Report of the Indian Hemp Drugs Commission, 1894-1895 - Volume VII
Year: 1894
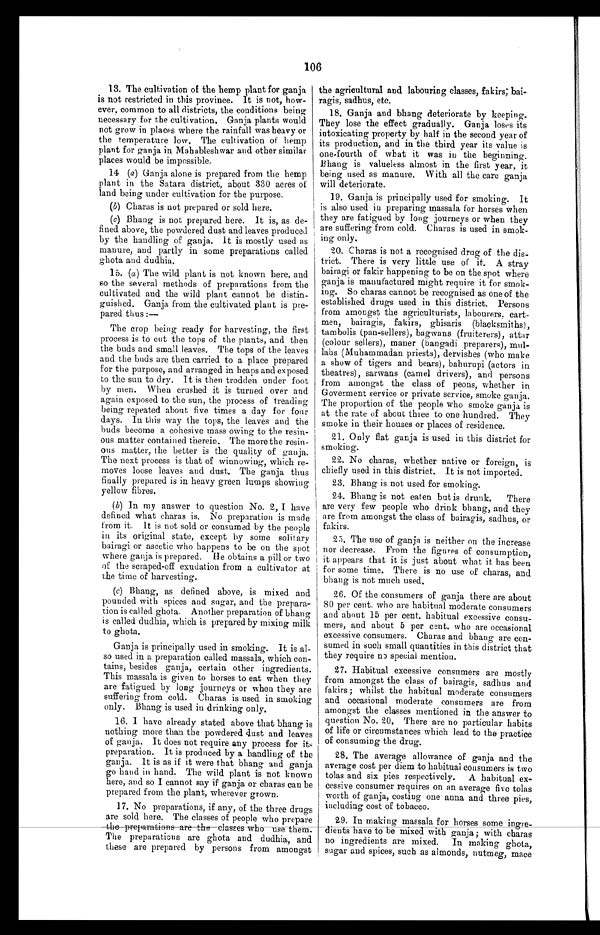
106
13. The cultivation of the hemp plant for ganja
is not restricted in this province. It is not, how-
ever. common to all districts, the conditions being
necessary for the cultivation. Ganja plants would
not grow in places where the rainfall was heavy or
the temperature low. The cultivation of hemp
plant for ganja in Mahableshwar and other similar
places would be impossible.
14 (a ) Ganja alone is prepared from the hemp
plant in the Satara district, about 330 acres of
land being under cultivation for the purpose.
(b) Charas is not prepared or sold here.
(c)Bhang is not prepared here. It is, as de
-
fined above, the powdered dust and leaves produced
by the handling of ganja. it is mostly used as
manure, and partly in some preparations called
ghota and dudhia.
15. (a ) The wild plant is not known here, and
so the several methods of preparations from the
cultivated and the wild plant cannot be distin
-
guished. Ganja from the cultivated plant is pre
-
pared thus:
—
The crop being ready for harvesting, the first
process is to cut the tops of the plants, and then
the buds and small leaves. The tops of the leaves
and the buds are then carried to a place prepared
for the purpose, and arranged in heaps and exposed
to the sun to dry. It is then trodden under foot
by men. When crushed it is turned over and
again exposed to the sun, the process of treading
being repeated about five times a day for four
days. In this way the tops, the leaves and the
buds become a cohesive mass owing to the resin
-
ous matter contained therein. The more the resin
-
ous matter, the better is the quality of ganja,.
The next process is that of winnowing, which re
-
moves loose leaves and dust. The ganja thus
finally prepared is in heavy green lumps showing
yellow fibres.
(b) In my answer to question No. 2, I have
defined what charas is. No preparation is made
from it. It is not sold or consumed by the people
in its original state, except by some solitary
bairagi or ascetic who happens to be on the spot
where ganja is prepared. He obtains a pill or two
of the scraped-off exudation from a cultivator at
the time of harvesting.
(c) Bhang, as defined above, is mixed and
pounded with spices and sugar, and the prepara
-
tion is called ghota. Another preparation of bhang
is called dudhia, which is prepared by mixing milk
to ghota.
Ganja is principally used in smoking. It is al
-
so used in a preparation called massala, which con
-
tains, besides ganja, certain other ingredients.
This massala is given to horses to eat when they
are fatigued by long journeys or when they are
suffering from cold. Charas is used in smoking
only. Bhang is used in drinking only,
1 6 . I h a v e a l r e a d y s t a t e d a b o v e t h a t b h a n g i s
nothing more than the powdered dust and leaves
of ganja. It does not require any process for its
preparation. It is produced by a handling of the
ganja. It is as if it were that bhang and ganja
go hand in hand. The wild plant is not known
here, and so I cannot say if ganja or charas can be
prepared from the plant, wherever grown.
1 7 . N o p r e p a r a t i o n s , i f a n y , o f t h e t h r e e d r u g s
are sold here. The classes of people who prepare
the preparations are the classes who use them.
The preparations are ghota and dudhia, and
these are prepared by persons from amongst
the agricultural and labouring classes, fakirs; bai
-
ragis, sadhus, etc.
18. Ganja and bhang deteriorate by keeping.
They lose the effect gradually. Ganja loses its
intoxicating property by half in the second year of
its production, and in the third year its value is
one-fourth of what it was in the beginning.
Bhang is valueless almost in the first year, it
being used as manure. With all the care ganja
will deteriorate.
19. Ganja is principally used for smoking. It
is also used in preparing massala for horses when
they are fatigued by long journeys or when they
are suffering from cold. Charas is used in smok-
ing only.
20. Charas is not a recognised drug of the dis
-
trict. There is very little use of it. A stray
bairagi or fakir happening to be on the spot where
ganja is manufactured might require it for smok
-
ing. So charas cannot be recognised as one of the
established drugs used in this district. Persons
from amongst the agriculturists, labourers. cart-
men, bairagis, fakirs, ghisaris (blacksmiths),
tambolis (pan-sellers), bagwans (fruiterers), attar
(colour sellers), maner (bangadi preparers), mul
-
lahs (Muhammadan priests), dervishes (who make
a show of tigers and bears), bahurupi (actors in
theatres), sarwans (camel drivers), and persons
from amongst the class of peons, whether in
Goverment service or private service, smoke ganja.
The proportion of the people who smoke ganja is
at the rate of about three to one hundred. They
smoke in their houses or places of residence.
21. Only flat ganja is used in this district for
, smoking.
22. No charas, whether native or foreign, is
chiefly used in this district. It is not imported.
23. Bhang is not used for smoking.
24. Bhang is not eaten but is drunk. There
are very few people who drink bhang, and they
are from amongst the class of bairagis, sadhus, or
fakirs.
25. The use of ganja is neither on the increase
nor decrease. From the figures of consumption,
it appears that it is just about what it has been
for some time. There is no use of charas, and
bhang is not much used.
26. Of the consumers of ganja there are about
80 per cent. who are habitual moderate consumers
and about 15 per cent, habitual excessive consu
-
mers, and about 5 per cent. who are occasional
excessive consumers. Charas and bhang are con
-
sumed in such small quantities in this district that
they require no special mention.
27. Habitual excessive consumers are mostly
from amongst the class of bairagis, sadhus and
fakirs; whilst the habitual moderate consumers
and occasional moderate consumers are from
amongst the classes mentioned in the answer to
question No. 20. There are no particular habits
of life or circumstances which lead to the practice
of consuming the drug.
28. The average allowance of ganja and the
average cost per diem to habitual consumers is two
tolas and six pies respectively. A habitual ex
-
cessive consumer requires on an average five tolas
worth of ganja, costing one anna and three pies,
including cost of tobacco.
29. In making massala for horses some ingre
-
dients have to be mixed with ganja; with charas
no ingredients are mixed. In making ghota,
sugar and spices, such as almonds, nutmeg, mace